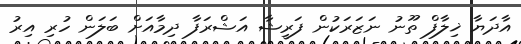
އާދަޔާ ޚިލާފް ތޫނު ނަޒަރަކުން ފަރީޝާ އަޝްރަފާ ދިމާއަށް ބަލަން ހުރި އިރު